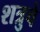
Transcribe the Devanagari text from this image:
शत्रुचे